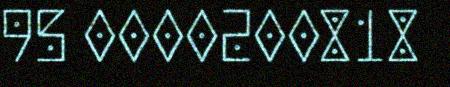
95 0000200818